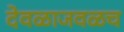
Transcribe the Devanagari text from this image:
देवळाजवळच